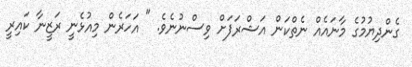
ގެންދިޔުމުގެ މާނައެއް ނެތްކަން އަޝްރަފަށް ވިސްނުނެވެ. " އަހަރެން މިއުޅެނީ ރަޒީނާ ކައިރީ